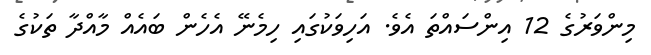
މިންވަރުގެ 12 އިންސައްތަ އެވެ. އަހިވަކުގައި ހިމެނޭ އެހެން ބައެއް މާއްދާ ތަކުގެ